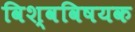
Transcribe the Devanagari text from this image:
विश्वविषयक